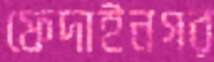
ফেদাইনগর